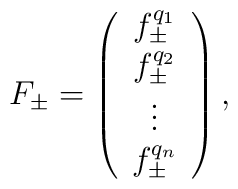
F_\pm =	\left( 		\begin{array}{c} 		f^{q_1}_\pm \\ 		f^{q_2}_\pm \\ 		\vdots \\		f^{q_n}_\pm 		\end{array}	\right),